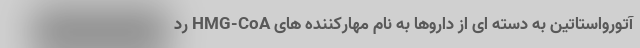
آتورواستاتین به دسته ای از داروها به نام مهارکننده های HMG-CoA رد